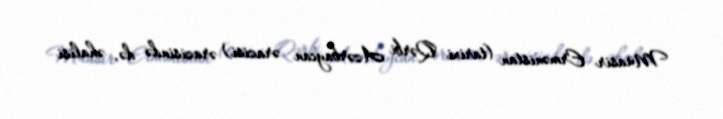
Müasir Ermənistan (tarixi Qərbi Azərbaycan ərazisi) ərazisində də, əhalisi